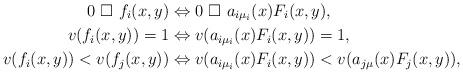
LaTeX: \begin{align*}0 \ \square \ f_i(x,y) & \Leftrightarrow 0 \ \square \ a_{i\mu_i}(x) F_i(x,y), \\v(f_i(x,y)) = 1 & \Leftrightarrow v(a_{i\mu_i}(x) F_i(x,y)) = 1, \\v(f_i(x,y)) < v(f_j(x,y)) & \Leftrightarrow v(a_{i\mu_i}(x) F_i(x,y)) < v(a_{j\mu}(x) F_j(x,y)), \end{align*}